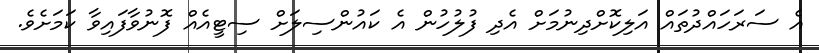
އެ ސަރަހައްދުތައް އަލިކޮށްދިނުމަށް އެދި ފުލުހުން އެ ކައުންސިލަށް ސިޓީއެއް ފޮނުވާފައިވާ ކަމަށެވެ.